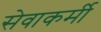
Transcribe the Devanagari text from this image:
सेवाकर्मी